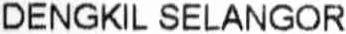
DENGKIL SELANGOR